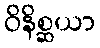
ဝိနိစ္ဆယာ